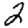
Digit: 2